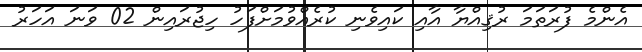
އެންމެ ފުރަތަމަ ރުޤިއްޔާ އާއި ކައިވެނި ކުރެއްވުމަށްފަހު ހިޖުރައިން 02 ވަނަ އަހަރު